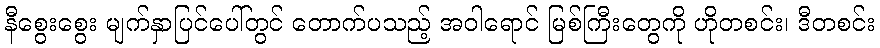
နီစွေးစွေး မျက်နှာပြင်ပေါ်တွင် တောက်ပသည့် အဝါရောင် မြစ်ကြီးတွေကို ဟိုတစင်း၊ ဒီတစင်း